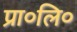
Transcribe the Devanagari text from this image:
प्रा०लि०